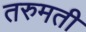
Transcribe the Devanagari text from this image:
तरुमती